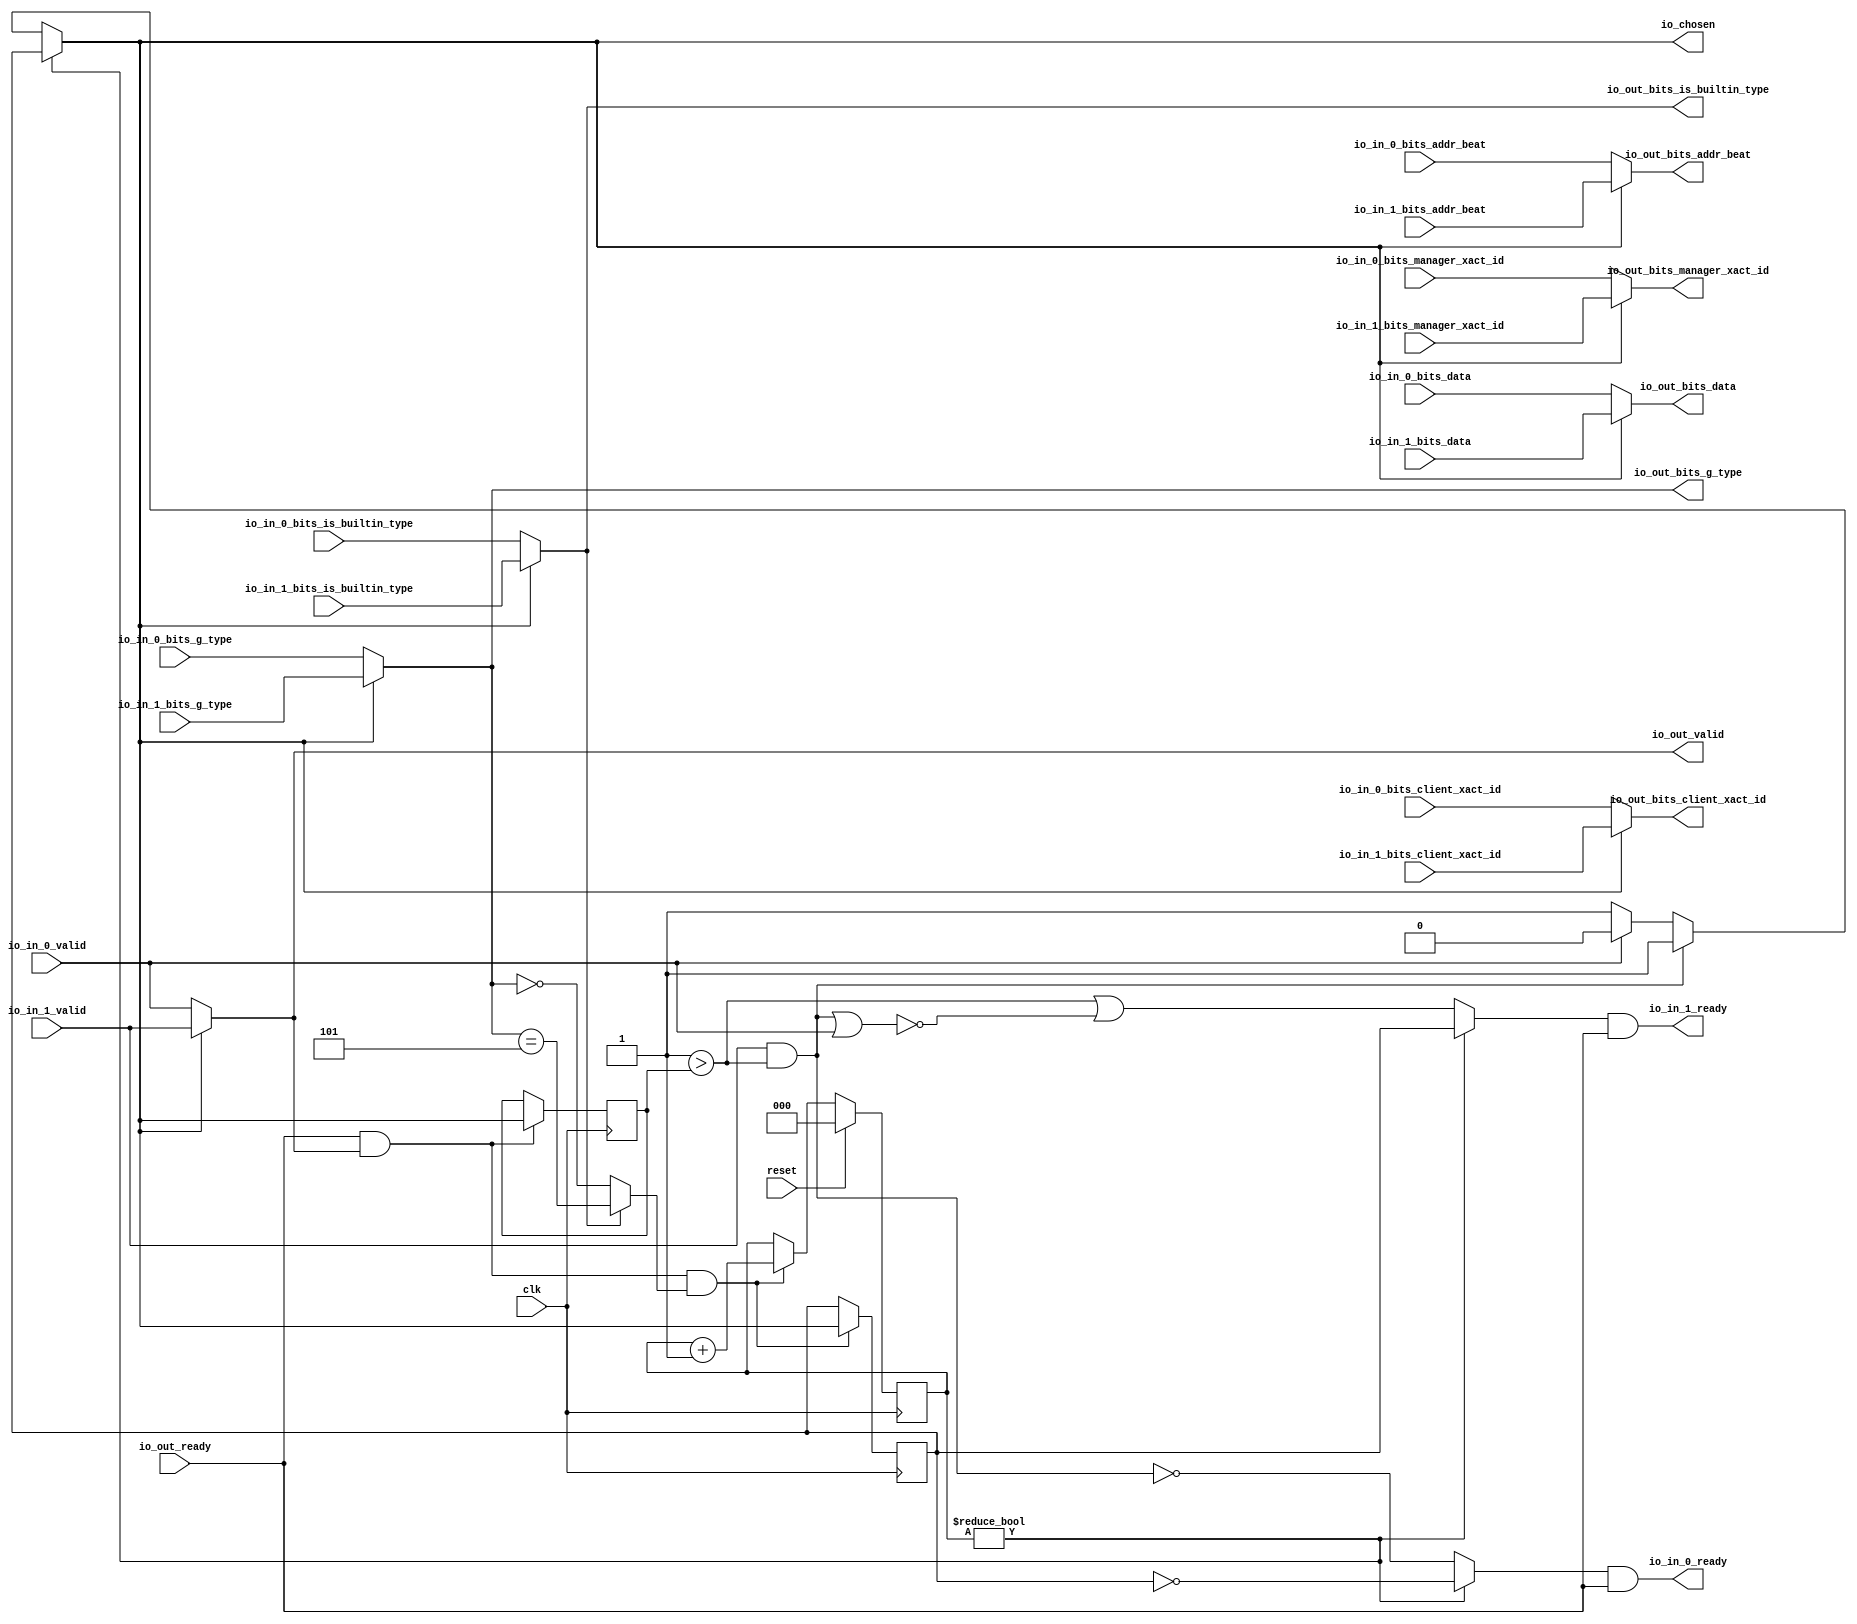
module LockingRRArbiter_6(
  input   clk,
  input   reset,
  output  io_in_0_ready,
  input   io_in_0_valid,
  input  [2:0] io_in_0_bits_addr_beat,
  input  [1:0] io_in_0_bits_client_xact_id,
  input   io_in_0_bits_manager_xact_id,
  input   io_in_0_bits_is_builtin_type,
  input  [3:0] io_in_0_bits_g_type,
  input  [63:0] io_in_0_bits_data,
  output  io_in_1_ready,
  input   io_in_1_valid,
  input  [2:0] io_in_1_bits_addr_beat,
  input  [1:0] io_in_1_bits_client_xact_id,
  input   io_in_1_bits_manager_xact_id,
  input   io_in_1_bits_is_builtin_type,
  input  [3:0] io_in_1_bits_g_type,
  input  [63:0] io_in_1_bits_data,
  input   io_out_ready,
  output  io_out_valid,
  output [2:0] io_out_bits_addr_beat,
  output [1:0] io_out_bits_client_xact_id,
  output  io_out_bits_manager_xact_id,
  output  io_out_bits_is_builtin_type,
  output [3:0] io_out_bits_g_type,
  output [63:0] io_out_bits_data,
  output  io_chosen
);
  wire  choice;
  wire  GEN_0;
  wire  GEN_7;
  wire [2:0] GEN_1;
  wire [2:0] GEN_8;
  wire [1:0] GEN_2;
  wire [1:0] GEN_9;
  wire  GEN_3;
  wire  GEN_10;
  wire  GEN_4;
  wire  GEN_11;
  wire [3:0] GEN_5;
  wire [3:0] GEN_12;
  wire [63:0] GEN_6;
  wire [63:0] GEN_13;
  reg [2:0] T_610;
  reg [31:0] GEN_21;
  reg  T_612;
  reg [31:0] GEN_22;
  wire  T_614;
  wire [2:0] T_622_0;
  wire [3:0] GEN_20;
  wire  T_624;
  wire  T_625;
  wire  T_626;
  wire  T_628;
  wire  T_629;
  wire [3:0] T_633;
  wire [2:0] T_634;
  wire  GEN_14;
  wire [2:0] GEN_15;
  wire  GEN_16;
  reg  lastGrant;
  reg [31:0] GEN_23;
  wire  GEN_17;
  wire  T_639;
  wire  T_641;
  wire  T_644;
  wire  T_648;
  wire  T_650;
  wire  T_654;
  wire  T_656;
  wire  T_657;
  wire  T_658;
  wire  T_661;
  wire  T_662;
  wire  GEN_18;
  wire  GEN_19;
  assign io_in_0_ready = T_658;
  assign io_in_1_ready = T_662;
  assign io_out_valid = GEN_0;
  assign io_out_bits_addr_beat = GEN_1;
  assign io_out_bits_client_xact_id = GEN_2;
  assign io_out_bits_manager_xact_id = GEN_3;
  assign io_out_bits_is_builtin_type = GEN_4;
  assign io_out_bits_g_type = GEN_5;
  assign io_out_bits_data = GEN_6;
  assign io_chosen = GEN_16;
  assign choice = GEN_19;
  assign GEN_0 = GEN_7;
  assign GEN_7 = io_chosen ? io_in_1_valid : io_in_0_valid;
  assign GEN_1 = GEN_8;
  assign GEN_8 = io_chosen ? io_in_1_bits_addr_beat : io_in_0_bits_addr_beat;
  assign GEN_2 = GEN_9;
  assign GEN_9 = io_chosen ? io_in_1_bits_client_xact_id : io_in_0_bits_client_xact_id;
  assign GEN_3 = GEN_10;
  assign GEN_10 = io_chosen ? io_in_1_bits_manager_xact_id : io_in_0_bits_manager_xact_id;
  assign GEN_4 = GEN_11;
  assign GEN_11 = io_chosen ? io_in_1_bits_is_builtin_type : io_in_0_bits_is_builtin_type;
  assign GEN_5 = GEN_12;
  assign GEN_12 = io_chosen ? io_in_1_bits_g_type : io_in_0_bits_g_type;
  assign GEN_6 = GEN_13;
  assign GEN_13 = io_chosen ? io_in_1_bits_data : io_in_0_bits_data;
  assign T_614 = T_610 != 3'h0;
  assign T_622_0 = 3'h5;
  assign GEN_20 = {{1'd0}, T_622_0};
  assign T_624 = io_out_bits_g_type == GEN_20;
  assign T_625 = io_out_bits_g_type == 4'h0;
  assign T_626 = io_out_bits_is_builtin_type ? T_624 : T_625;
  assign T_628 = io_out_ready & io_out_valid;
  assign T_629 = T_628 & T_626;
  assign T_633 = T_610 + 3'h1;
  assign T_634 = T_633[2:0];
  assign GEN_14 = T_629 ? io_chosen : T_612;
  assign GEN_15 = T_629 ? T_634 : T_610;
  assign GEN_16 = T_614 ? T_612 : choice;
  assign GEN_17 = T_628 ? io_chosen : lastGrant;
  assign T_639 = 1'h1 > lastGrant;
  assign T_641 = io_in_1_valid & T_639;
  assign T_644 = T_641 | io_in_0_valid;
  assign T_648 = T_641 == 1'h0;
  assign T_650 = T_644 == 1'h0;
  assign T_654 = T_639 | T_650;
  assign T_656 = T_612 == 1'h0;
  assign T_657 = T_614 ? T_656 : T_648;
  assign T_658 = T_657 & io_out_ready;
  assign T_661 = T_614 ? T_612 : T_654;
  assign T_662 = T_661 & io_out_ready;
  assign GEN_18 = io_in_0_valid ? 1'h0 : 1'h1;
  assign GEN_19 = T_641 ? 1'h1 : GEN_18;
`ifdef RANDOMIZE
  integer initvar;
  initial begin
    `ifndef verilator
      #0.002;
    `endif
  `ifdef RANDOMIZE
  GEN_21 = {1{$random}};
  T_610 = GEN_21[2:0];
  `endif
  `ifdef RANDOMIZE
  GEN_22 = {1{$random}};
  T_612 = GEN_22[0:0];
  `endif
  `ifdef RANDOMIZE
  GEN_23 = {1{$random}};
  lastGrant = GEN_23[0:0];
  `endif
  end
`endif
  always @(posedge clk) begin
    if(reset) begin
      T_610 <= 3'h0;
    end else begin
      if(T_629) begin
        T_610 <= T_634;
      end
    end
    if(1'h0) begin
    end else begin
      if(T_629) begin
        T_612 <= io_chosen;
      end
    end
    if(1'h0) begin
    end else begin
      if(T_628) begin
        lastGrant <= io_chosen;
      end
    end
  end
endmodule